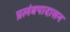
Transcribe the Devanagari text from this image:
प्रलंबपादासन